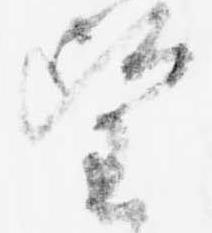
望